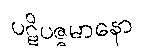
ပဋိပဇ္ဇမာနော